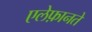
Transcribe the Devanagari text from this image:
एलेफ़ानते